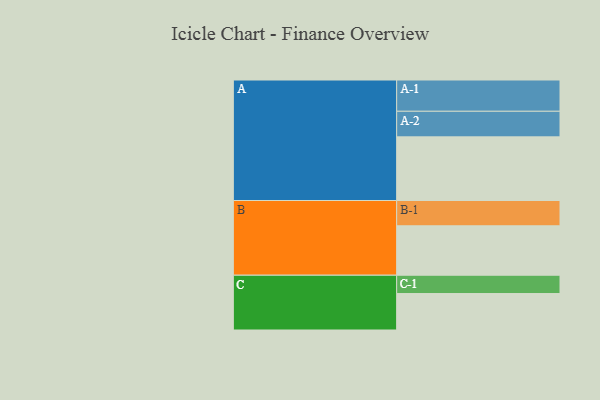
{"axis": {"x": "Segment", "y": "Value"}, "legend": ["", "A", "B", "C"], "data": [{"x": "A", "y": 574, "type": ""}, {"x": "B", "y": 446, "type": ""}, {"x": "C", "y": 329, "type": ""}, {"x": "A-1", "y": 282, "type": "A"}, {"x": "A-2", "y": 231, "type": "A"}, {"x": "B-1", "y": 228, "type": "B"}, {"x": "C-1", "y": 165, "type": "C"}]}